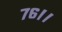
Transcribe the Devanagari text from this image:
७६।।